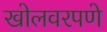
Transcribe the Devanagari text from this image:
खोलवरपणे